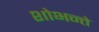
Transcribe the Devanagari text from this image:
शोभन्ते